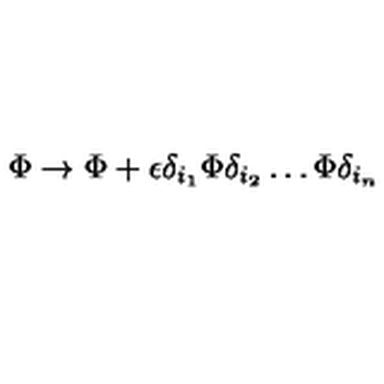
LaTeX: \Phi \rightarrow \Phi + \epsilon \delta _ { i _ { 1 } } \Phi \delta _ { i _ { 2 } } \ldots \Phi \delta _ { i _ { n } }